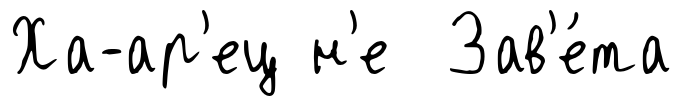
Ха-ар'ец н'е Зав'е́та